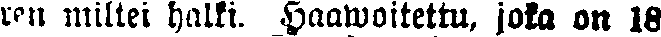
ren miltei halki. Haawoitettu, joka on 18